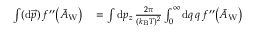
\begin{array} { r l } { \int ( \mathrm { d } \vec { p } ) \, f ^ { \prime \prime } \big ( \tilde { A } _ { \mathrm { W } } \big ) } & { { } = \int \mathrm { d } p _ { z } \, \frac { 2 \pi } { ( k _ { \mathrm { B } } T ) ^ { 2 } } \int _ { 0 } ^ { \infty } \mathrm { d } q \, q \, f ^ { \prime \prime } \big ( \tilde { A } _ { \mathrm { W } } \big ) } \end{array}